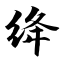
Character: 绛